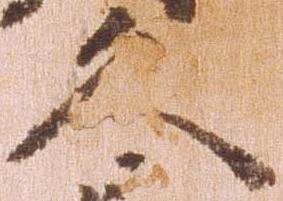
久